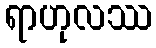
ရာဟုလဿ